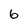
Character: 6